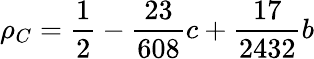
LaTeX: \rho_{C}=\frac{1}{2}-\frac{23}{608}c+\frac{17}{2432}b